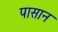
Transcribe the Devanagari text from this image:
पासान